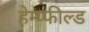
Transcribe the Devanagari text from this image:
हेम्प्फील्ड